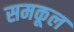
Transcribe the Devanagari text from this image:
समकूल